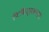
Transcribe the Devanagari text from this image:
चिकित्सकाला